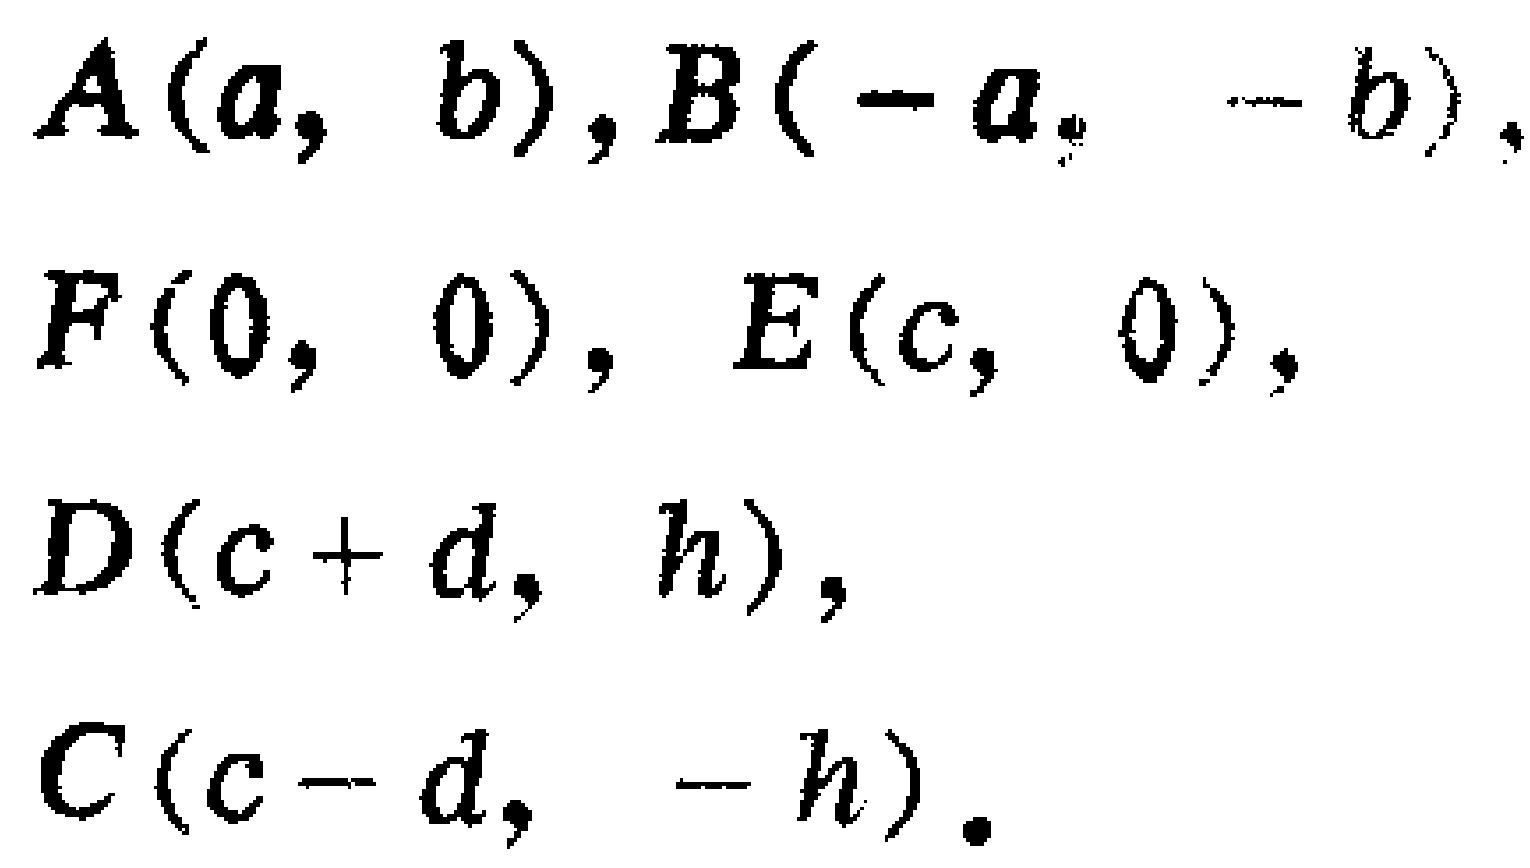
$A(a, b), B(-a, -b), \\
F(0, 0), E(c, 0), \\
D(c + d, h), \\
C(c - d, -h).$